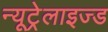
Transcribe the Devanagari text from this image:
न्यूट्रेलाइज्ड